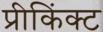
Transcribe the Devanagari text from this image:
प्रीकिंक्ट